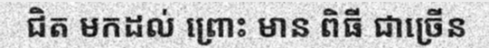
ជិត មកដល់ ព្រោះ មាន ពិធី ជាច្រើន